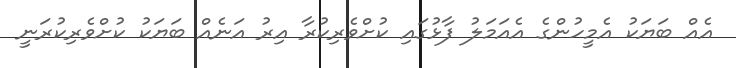
އެއް ބަޔަކު އެމީހުންގެ އެއަމަލު ފާޅުގައި ކުށްވެރިކުރާ އިރު އަނެއް ބަޔަކު ކުށްވެރިކުރަނީ